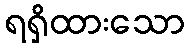
ရရှိထားသော